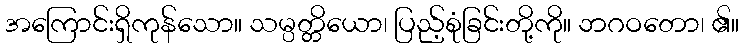
အကြောင်းရှိကုန်သော။ သမ္ပတ္တိယော၊ ပြည့်စုံခြင်းတို့ကို။ ဘဂဝတော၊ ၏။